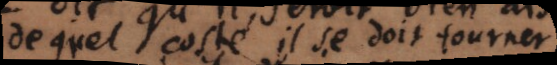
de quel costé il se doit tourner